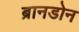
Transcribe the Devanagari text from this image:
ब्रानडोन